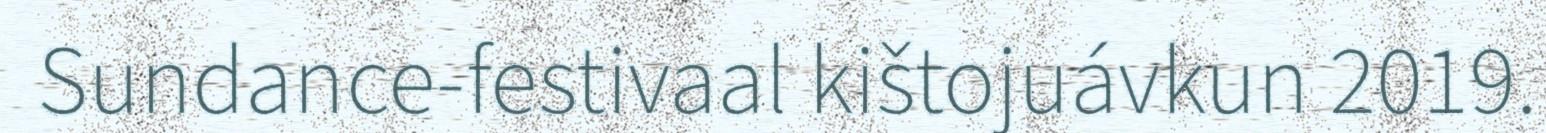
Sundance-festivaal kištojuávkun 2019.